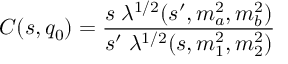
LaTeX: C ( s , q _ { 0 } ) = { \frac { s \; \lambda ^ { 1 / 2 } ( s ^ { \prime } , m _ { a } ^ { 2 } , m _ { b } ^ { 2 } ) } { s ^ { \prime } \; \lambda ^ { 1 / 2 } ( s , m _ { 1 } ^ { 2 } , m _ { 2 } ^ { 2 } ) } }